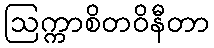
ဩက္ကာစိတဝိနီတာ